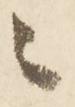
々